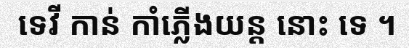
ទេវី កាន់ កាំភ្លើងយន្ត នោះ ទេ ។